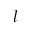
l